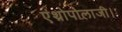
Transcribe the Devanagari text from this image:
एंथ्रोपोलाजी।